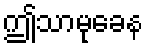
ဤသာမုခေန